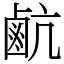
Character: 䴚